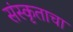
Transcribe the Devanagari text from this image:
संस्कृताचा